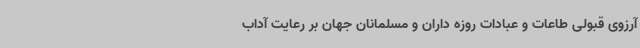
آرزوی قبولی طاعات و عبادات روزه داران و مسلمانان جهان بر رعایت آداب